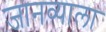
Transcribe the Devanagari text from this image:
जानव्याला